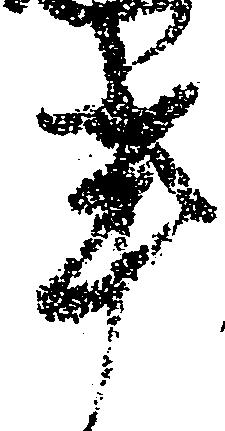
事